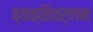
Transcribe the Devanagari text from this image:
व्यक्तिवर्णन